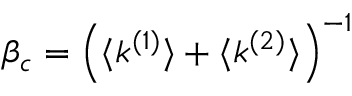
\beta _ { c } = \left( \langle k ^ { ( 1 ) } \rangle + \langle k ^ { ( 2 ) } \rangle \right) ^ { - 1 }